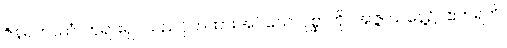
ဇိနရဟဿံ၊ ဘုရားရှင်သည်ဝှက်ထားအပ်သောပုစ္ဆာကို။ အဇ္ဇ၊ ယနေ့၌။ ဧတရဟိ၊